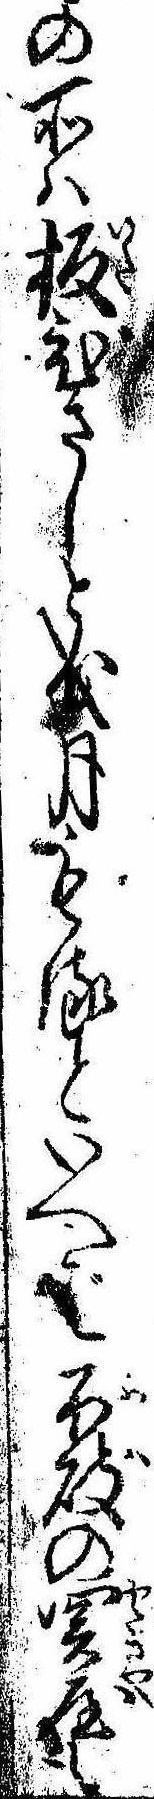
の所は板びさしと成月もるといへば不破の関屋も